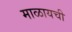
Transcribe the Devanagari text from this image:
माळायची